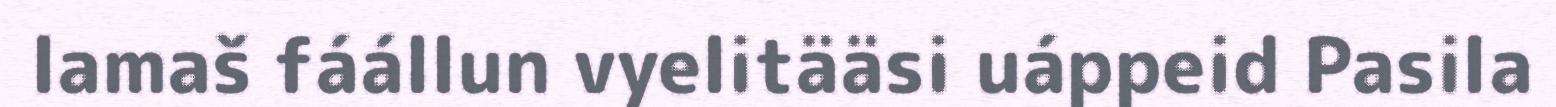
lamaš fáállun vyelitääsi uáppeid Pasila